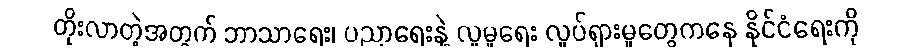
တိုးလာတဲ့အတွက် ဘာသာရေး၊ ပညာရေးနဲ့ လူမှုရေး လှုပ်ရှားမှုတွေကနေ နိုင်ငံရေးကို